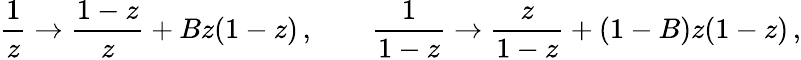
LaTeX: \frac{1}{z}\to\frac{1-z}{z}+Bz(1-z)\, ,\qquad\frac{1}{1-z}\to\frac{z}{1-z}+(1-B)z(1-z)\, ,